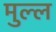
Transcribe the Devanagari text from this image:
मुल्ल